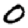
Digit: 0